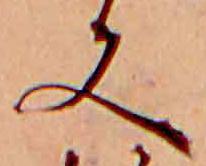
又